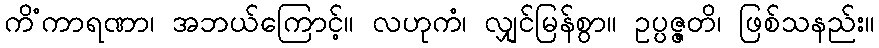
ကိံကာရဏာ၊ အဘယ်ကြောင့်။ လဟုကံ၊ လျှင်မြန်စွာ။ ဥပ္ပဇ္ဇတိ၊ ဖြစ်သနည်း။